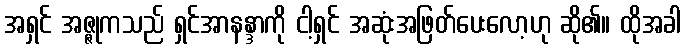
အရှင် အဇ္ဇုကသည် ရှင်အာနန္ဒာကို ငါ့ရှင် အဆုံးအဖြတ်ပေးလော့ဟု ဆို၏။ ထိုအခါ